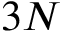
3 N